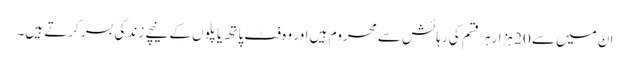
ان میں سے 20 ہزارہر قسم کی رہائش سے محروم ہیں اور وہ فٹ پاتھ یا پلوں کے نیچے زندگی بسر کرتے ہیں۔